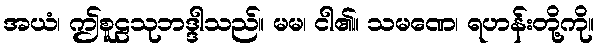
အယံ၊ ဤစူဠသုဘဒ္ဒါသည်။ မမ၊ ငါ၏။ သမဏေ၊ ရဟန်းတို့ကို။